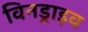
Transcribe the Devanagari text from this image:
विनड्राइव